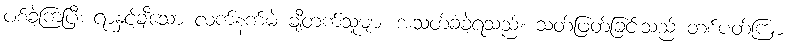
ပစ်ခဲ့ကြပြီး ရာနှင့်ချီသော လက်နက်မဲ့ ချီတက်သူများ အသတ်ခံခဲ့ရသည်။ သတ်ဖြတ်ခြင်းသည် တစ်ပတ်ကြာ